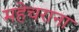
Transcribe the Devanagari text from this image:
महेचराना